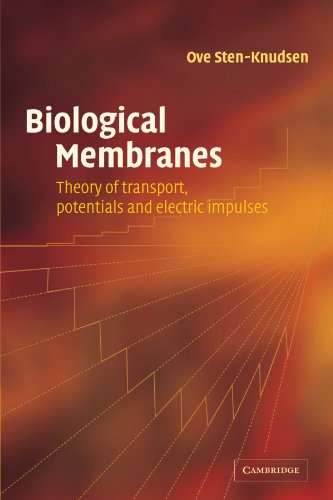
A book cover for Biological Membranes: Theory of Transport, Potentials and Electric Impulses; Ove Sten-Knudsen; Science & Math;